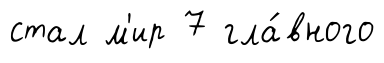
стал м'ир 7 гла́вного